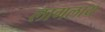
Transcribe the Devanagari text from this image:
लागलाय